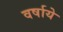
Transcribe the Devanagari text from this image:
वर्षाये